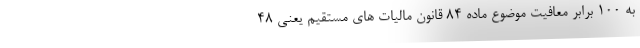
به 100 برابر معافیت موضوع ماده 84 قانون مالیات های مستقیم یعنی 48